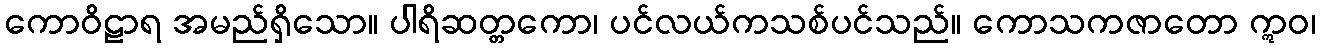
ကောဝိဠာရ အမည်ရှိသော။ ပါရိဆတ္တကော၊ ပင်လယ်ကသစ်ပင်သည်။ ကောသကဇာတော ဣဝ၊